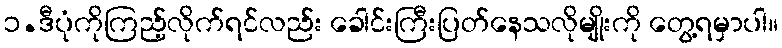
၁.ဒီပုံကိုကြည့်လိုက်ရင်လည်း ခေါင်းကြီးပြတ်နေသလိုမျိုးကို တွေ့ရမှာပါ။